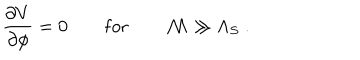
\frac { \partial V } { \partial { \cal \phi } } = 0 \quad \quad \mathrm { f o r } \quad \quad { \cal M } \gg { \Lambda _ { S } } \ .